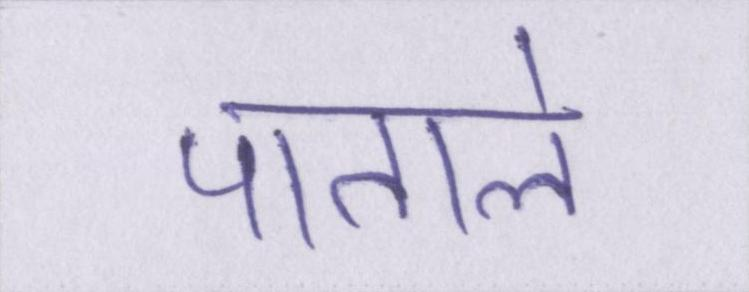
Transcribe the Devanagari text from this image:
पाताले